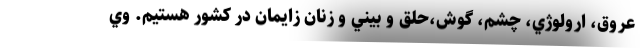
عروق، ارولوژي، چشم، گوش،حلق و بيني و زنان زايمان در كشور هستيم. وي